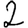
Digit: 2